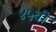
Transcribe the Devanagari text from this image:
४५बी